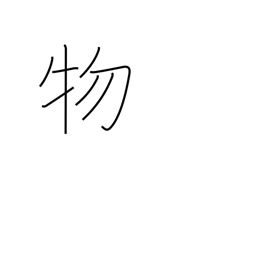
Meaning: matter